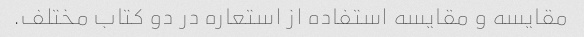
مقایسه و مقایسه استفاده از استعاره در دو کتاب مختلف.